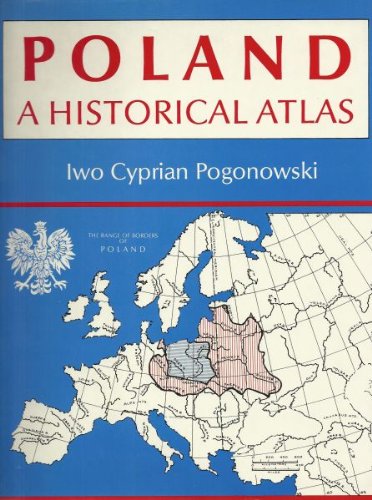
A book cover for Poland: A Historical Atlas; Iwo Cyprian Pogonowski; Travel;